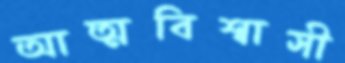
আত্মবিশ্বাসী